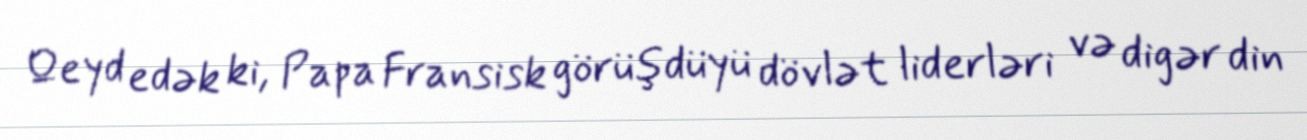
Qeyd edək ki, Papa Fransisk görüşdüyü dövlət liderləri və digər din